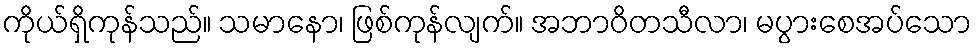
ကိုယ်ရှိကုန်သည်။ သမာနော၊ ဖြစ်ကုန်လျက်။ အဘာဝိတသီလာ၊ မပွားစေအပ်သော